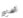
أضاع